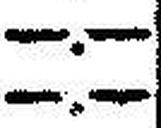
—.—